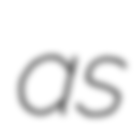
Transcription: as